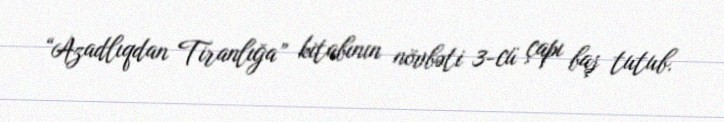
“Azadlıqdan Tiranlığa” kitabının növbəti 3-cü çapı baş tutub.